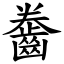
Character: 齤